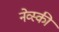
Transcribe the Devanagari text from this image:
नेव्स्की